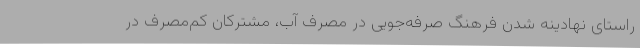
راستای نهادینه شدن فرهنگ صرفه‌جویی در مصرف آب، مشترکان کم‌مصرف در